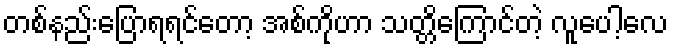
တစ်နည်းပြောရရင်တော့ အစ်ကိုဟာ သတ္တိကြောင်တဲ့ လူပေါ့လေ